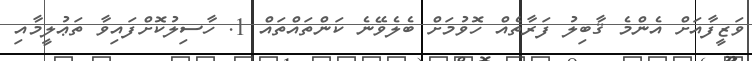
ވަޒީފާއަށް އެންމެ ޤާބިލު ފަރާތެއް ހޮވުމަށް ބެލެވޭނެ ކަންތައްތައް 1. ހާސިލުކޮށްފައިވާ ތަޢުލީމާއި